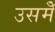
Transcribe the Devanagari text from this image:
उसमेँ